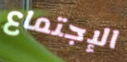
الإجتماع